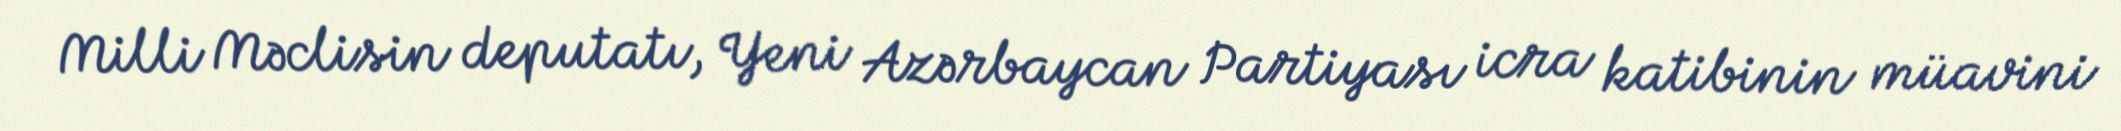
Milli Məclisin deputatı, Yeni Azərbaycan Partiyası icra katibinin müavini